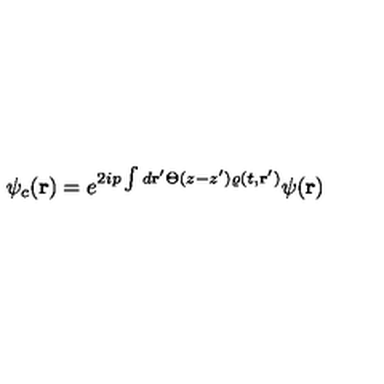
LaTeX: \psi _ { c } ( { \bf r } ) = e ^ { 2 i p \int d { \bf r } ^ { \prime } \Theta ( z - z ^ { \prime } ) \varrho ( t , { \bf r } ^ { \prime } ) } \psi ( { \bf r } )